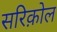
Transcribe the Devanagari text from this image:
सरिक़ोल